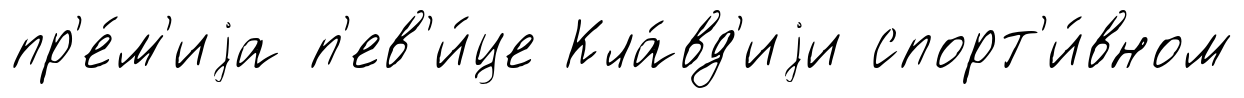
пр'е́м'иjа п'ев'и́це Кла́вд'иjи спорт'и́вном